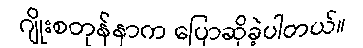
ဂျိုးစတုန်နာက ပြောဆိုခဲ့ပါတယ်။